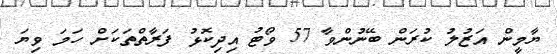
ޔާމީން އަޒުލު ކުރަން ބޭނުންވާ 57 ވޯޓު އިދިކޮޅު ފަރާތްތަކަށް ހަމަ ވިޔަ